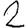
Digit: 2